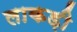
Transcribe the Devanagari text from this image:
लाकड़ी